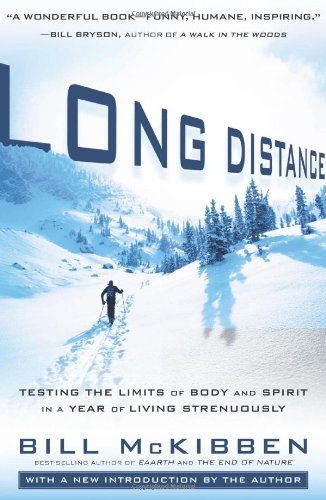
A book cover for Long Distance: Testing the Limits of Body and Spirit in a Year of Living Strenuously; Bill McKibben; Sports & Outdoors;